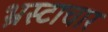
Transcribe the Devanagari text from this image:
भ्रस्टाचार